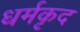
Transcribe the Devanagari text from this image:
धर्मकृद